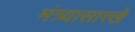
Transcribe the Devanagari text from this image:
मंत्र्यासारखे